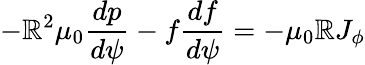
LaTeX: -\mathbb{R}^{2}\mu_{0}\frac{{dp}}{{d\psi}}-f\frac{{df}}{{d\psi}}=-\mu_{0}\mathbb{R}J_{\phi}